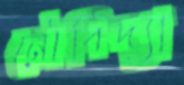
নৌবিদ্যা